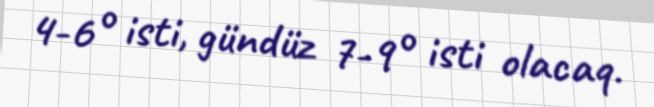
4-6° isti, gündüz 7-9° isti olacaq.